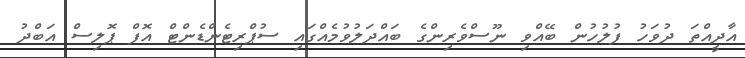
އާދީއްތަ ދުވަހު ފުލުހުން ބޭއްވި ނޫސްވެރިންގެ ބައްދަލުވުމެއްގައި ސުޕްރިޓެންޑެންޓް އޮފް ޕޮލިސް އަބްދު